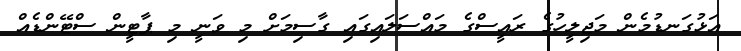
އަޅުގަނޑުމެން މަޖިލީހުގެ ރައީސްގެ މައްސަލައިގައި ގާސިމަށް މި ވަނީ މި ޕާޓީން ސްޓޭންޑެއް